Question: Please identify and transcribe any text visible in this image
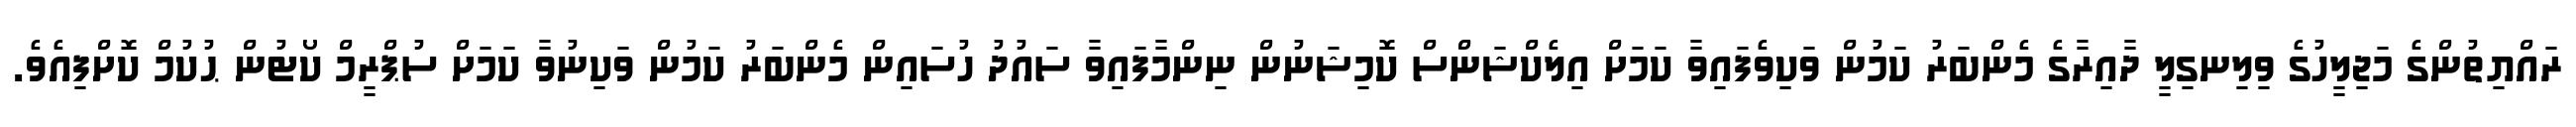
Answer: ރައްޔިތުންގެ މަޖިލީހުގެ ވިލިނގިލީ ދާއިރާގެ މެންބަރު ކަމުން ވަކިވެފައިވާ ކަމަށް އިލެކްޝަންސް ކޮމިޝަނުން ނިންމާފައިވާ ސައުދު ހުސައިން މެންބަރު ކަމުން ވަކިނުވާ ކަމަށް ސުޕްރީމް ކޯޓުން ޙުކުމް ކޮށްފިއެވެ.